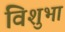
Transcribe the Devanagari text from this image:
विशुभा